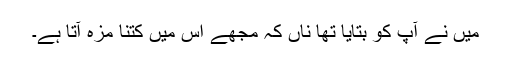
میں نے آپ کو بتایا تھا ناں کہ مجھے اس میں کتنا مزہ آتا ہے۔